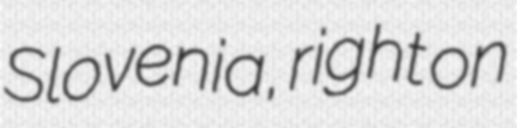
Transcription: Slovenia, right on